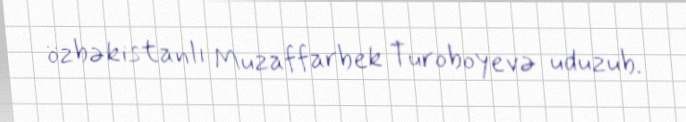
özbəkistanlı Muzaffarbek Turoboyevə uduzub.